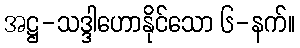
အဋ္ဌ-သဒ္ဒါဟောနိုင်သော ၆-နက်။